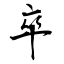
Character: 卒